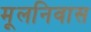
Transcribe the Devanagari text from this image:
मूलनिवास